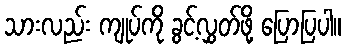
သားလည်း ကျုပ်ကို ခွင့်လွှတ်ဖို့ ပြောပြပါ။